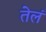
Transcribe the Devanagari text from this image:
तेलं